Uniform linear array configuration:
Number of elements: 8
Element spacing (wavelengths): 0.25
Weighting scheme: uniform
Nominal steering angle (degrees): -30
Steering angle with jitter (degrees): -31.219
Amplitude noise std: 0.05
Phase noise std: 0.05

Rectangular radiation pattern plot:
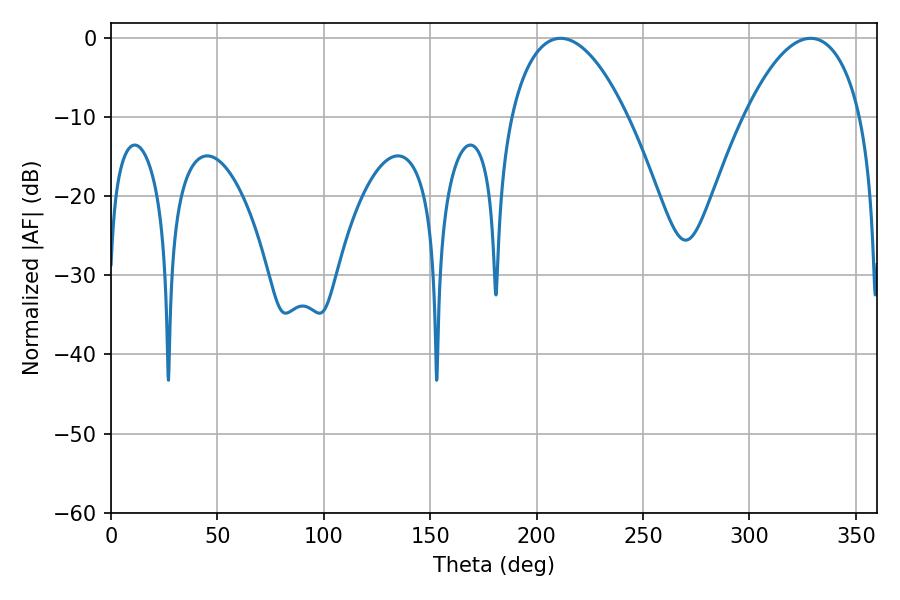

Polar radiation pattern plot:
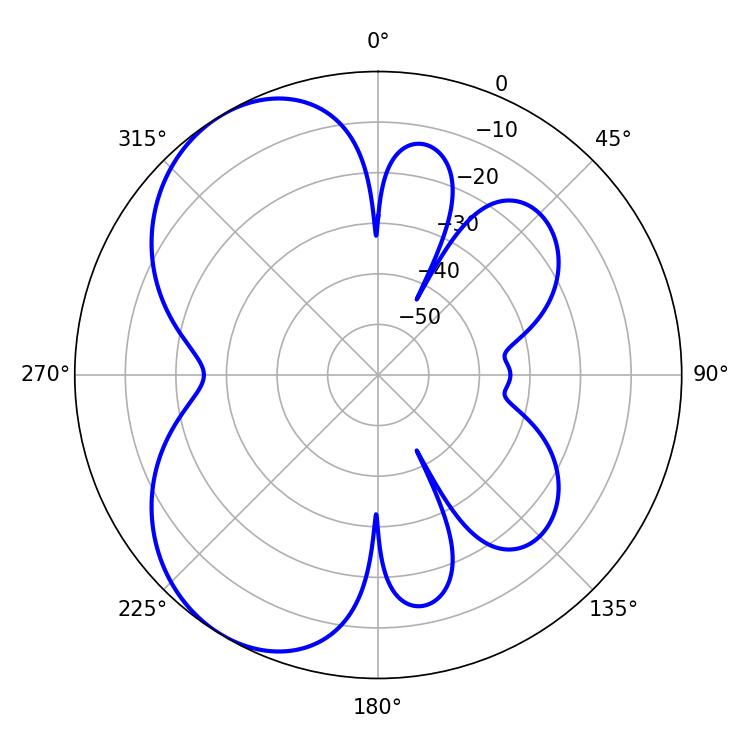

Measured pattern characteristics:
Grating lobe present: FALSE
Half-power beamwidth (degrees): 30.6
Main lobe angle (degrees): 211.32